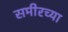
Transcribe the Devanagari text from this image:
समीरच्या